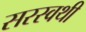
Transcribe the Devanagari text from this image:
सरस्वथी